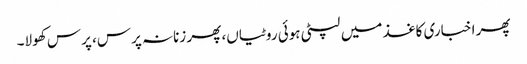
پھر اخباری کاغذ میں لپٹی ہوئی روٹیاں، پھر زنانہ پرس، پرس کھولا۔